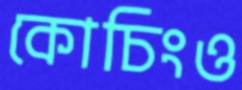
কোচিংও